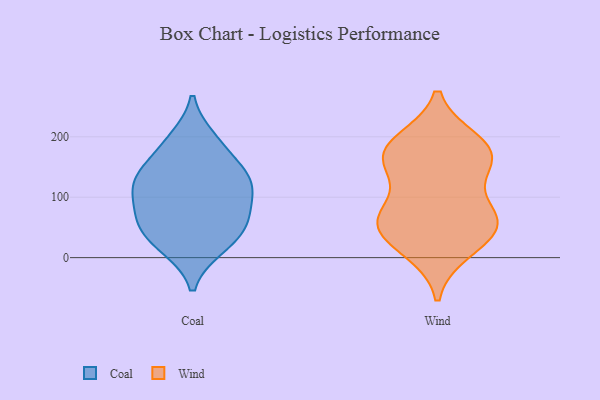
{"axis": {"x": "Active Users", "y": "Value"}, "legend": ["Coal", "Wind"], "data": [{"x": "", "y": 122, "type": "Coal"}, {"x": "", "y": 61, "type": "Coal"}, {"x": "", "y": 188, "type": "Coal"}, {"x": "", "y": 117, "type": "Coal"}, {"x": "", "y": 144, "type": "Coal"}, {"x": "", "y": 100, "type": "Coal"}, {"x": "", "y": 144, "type": "Coal"}, {"x": "", "y": 19, "type": "Coal"}, {"x": "", "y": 123, "type": "Coal"}, {"x": "", "y": 61, "type": "Coal"}, {"x": "", "y": 17, "type": "Coal"}, {"x": "", "y": 68, "type": "Coal"}, {"x": "", "y": 196, "type": "Coal"}, {"x": "", "y": 45, "type": "Coal"}, {"x": "", "y": 65, "type": "Wind"}, {"x": "", "y": 189, "type": "Wind"}, {"x": "", "y": 192, "type": "Wind"}, {"x": "", "y": 56, "type": "Wind"}, {"x": "", "y": 59, "type": "Wind"}, {"x": "", "y": 65, "type": "Wind"}, {"x": "", "y": 155, "type": "Wind"}, {"x": "", "y": 24, "type": "Wind"}, {"x": "", "y": 166, "type": "Wind"}, {"x": "", "y": 149, "type": "Wind"}, {"x": "", "y": 171, "type": "Wind"}, {"x": "", "y": 72, "type": "Wind"}, {"x": "", "y": 12, "type": "Wind"}]}